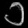
Digit: ၁